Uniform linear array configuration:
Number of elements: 4
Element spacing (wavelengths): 0.5
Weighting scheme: exponential
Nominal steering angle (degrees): -15
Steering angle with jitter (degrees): -14.044
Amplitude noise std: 0.05
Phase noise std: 0.05

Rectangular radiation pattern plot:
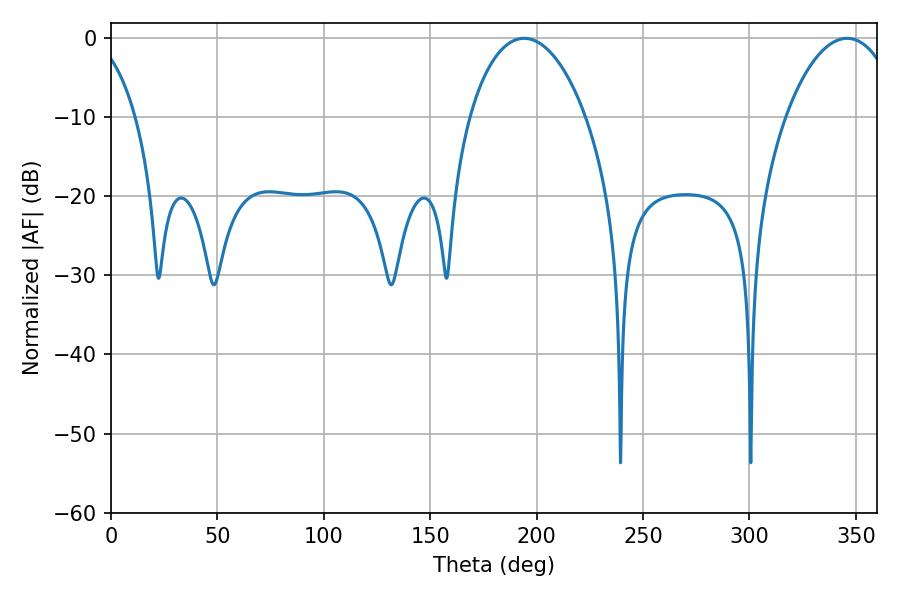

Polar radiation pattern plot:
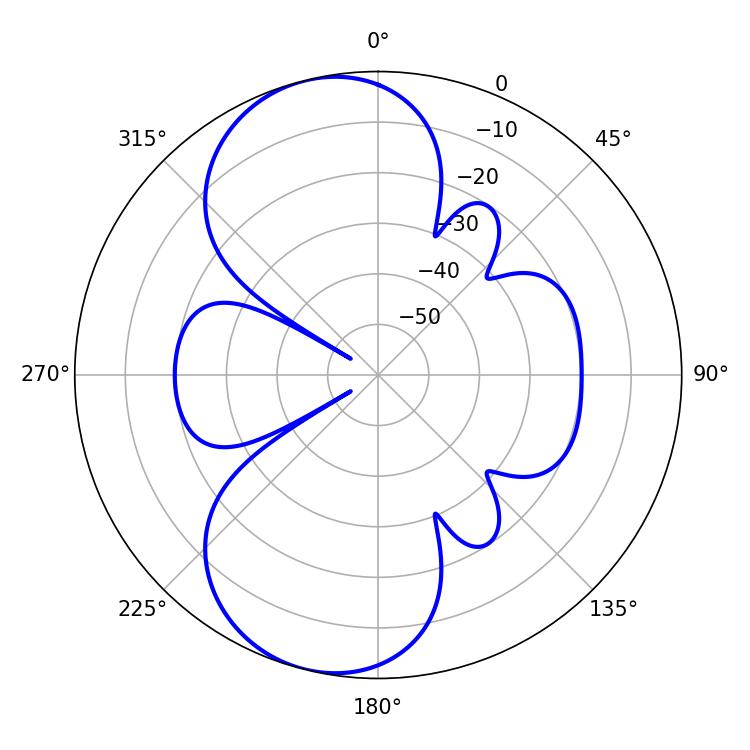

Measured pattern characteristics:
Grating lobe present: FALSE
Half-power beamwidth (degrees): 30.96
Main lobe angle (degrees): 194.04